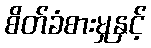
စိတ်ခံစားမှုနှင့်